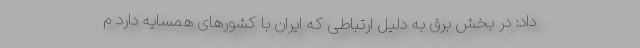
داد: در بخش برق به دلیل ارتباطی که ایران با کشورهای همسایه دارد م